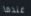
عندما